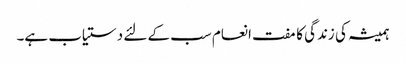
ہمیشہ کی زندگی کا مفت انعام سب کے لئے دستیاب ہے۔